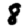
Digit: 8